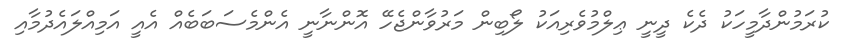
ކުރަމުންދާމީހަކު ދެކެ ދީނީ ޢިލްމުވެރިއަކު ލޯބިން މަރުވާންޖެހޭ އޮންނާނީ އެންމެސަބަބެއް އެއީ އަމިއްލައެދުމާއި